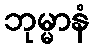
ဘုမ္မာနံ